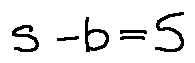
s - b = 5